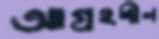
আগ্রহশীল